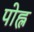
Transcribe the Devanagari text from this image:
पोह्ल